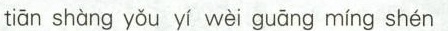
tiān shàng yǒu yí wèi guāng míng shén